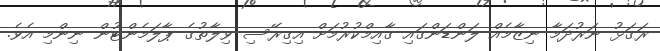
ރަގަޅު ނަރުދަމާ ނިޒާމެއް ލަންޑަންގައި ގާއިމްކުރުމަށް އިގިރޭސި ވިލާތުގެ ޕާލަމެންޓުން ނިންމި އެވެ.